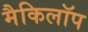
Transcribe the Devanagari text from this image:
मैकिलॉप